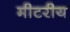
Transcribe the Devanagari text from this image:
मीटरीय